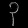
Digit: ၃